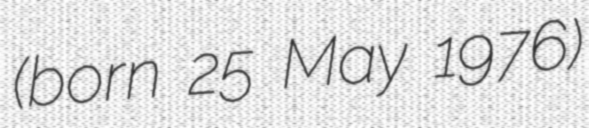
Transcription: (born 25 May 1976)